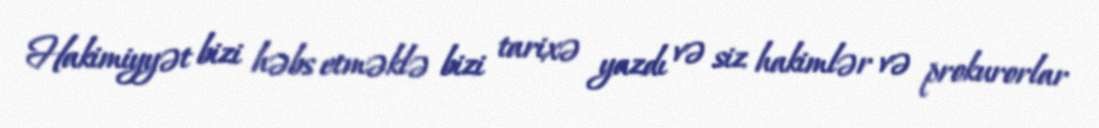
Hakimiyyət bizi həbs etməklə bizi tarixə yazdı və siz hakimlər və prokurorlar